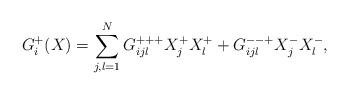
LaTeX: \begin{align*} G_i^{+}( X) =\sum_{j,l=1}^N G_{ijl}^{+++} X_j^+ X_l^+ + G_{ijl}^{--+} X_j^- X_l^-, \end{align*}